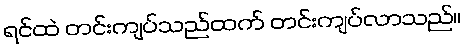
ရင်ထဲ တင်းကျပ်သည်ထက် တင်းကျပ်လာသည်။